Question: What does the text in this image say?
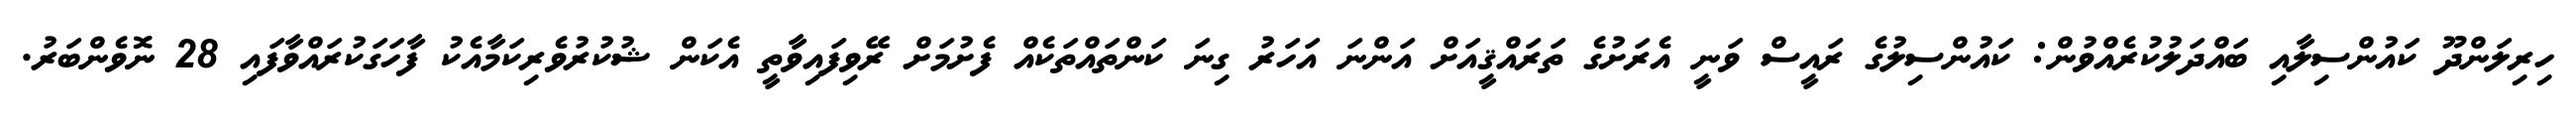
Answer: ހިރިލަންދޫ ކައުންސިލާއި ބައްދަލުކުރެއްވުން: ކައުންސިލުގެ ރައީސް ވަނީ އެރަށުގެ ތަރައްޤީއަށް އަންނަ އަހަރު ގިނަ ކަންތައްތަކެއް ފެށުމަށް ރޭވިފައިވާތީ އެކަން ޝުކުރުވެރިކަމާއެކު ފާހަގަކުރައްވާފައި 28 ނޮވެންބަރު.